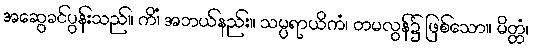
အဆွေခင်ပွန်းသည်။ ကိံ၊ အဘယ်နည်း။ သမ္ပရာယိကံ၊ တမလွန်၌ ဖြစ်သော။ မိတ္တံ၊